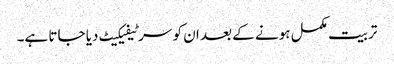
تربیت مکمل ہونے کے بعد ان کو سرٹیفیکیٹ دیا جاتا ہے۔